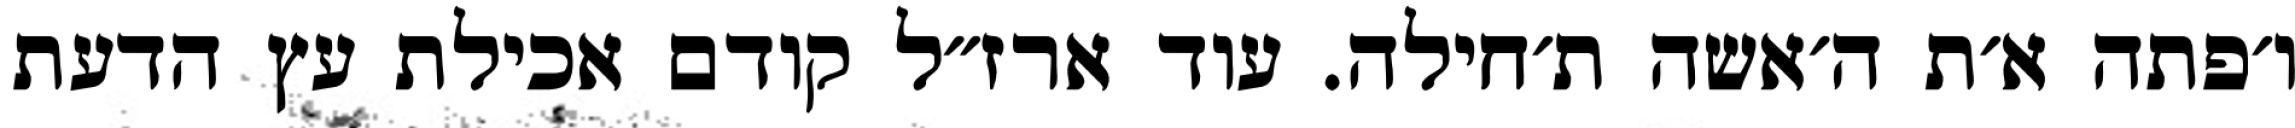
ו׳פתה א׳ת ה׳אשה ת׳חילה. עוד ארז״ל קודם אכילת עץ הדעת